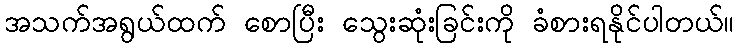
အသက်အရွယ်ထက် စောပြီး သွေးဆုံးခြင်းကို ခံစားရနိုင်ပါတယ်။